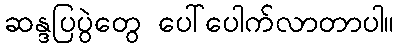
ဆန္ဒပြပွဲတွေ ပေါ်ပေါက်လာတာပါ။